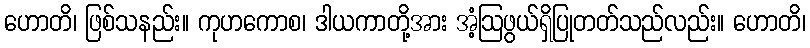
ဟောတိ၊ ဖြစ်သနည်း။ ကုဟကောစ၊ ဒါယကာတို့အား အံ့ဩဖွယ်ရှိပြုတတ်သည်လည်း။ ဟောတိ၊